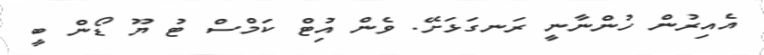
އެއިރުން ހުންނާނީ ރަނގަޅަށޭ. ވެން އުިޓް ކަަމްސް ޓު ޔޫ ޑޯން ބީ